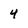
Character: 4